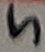
Text: 5